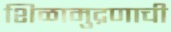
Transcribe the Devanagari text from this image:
शिळामुद्रणाची